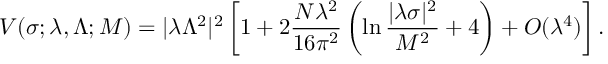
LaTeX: V ( \sigma ; \lambda , \Lambda ; M ) = | \lambda \Lambda ^ { 2 } | ^ { 2 } \left[ 1 + 2 \frac { N \lambda ^ { 2 } } { 1 6 \pi ^ { 2 } } \left( \ln \frac { | \lambda \sigma | ^ { 2 } } { M ^ { 2 } } + 4 \right) + { \cal O } ( \lambda ^ { 4 } ) \right] .